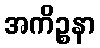
အကိဉ္စနာ